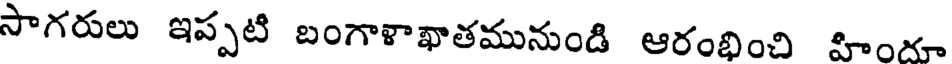
సాగరులు ఇప్పటి బంగాళాఖాతమునుండి ఆరంభించి హిందూ